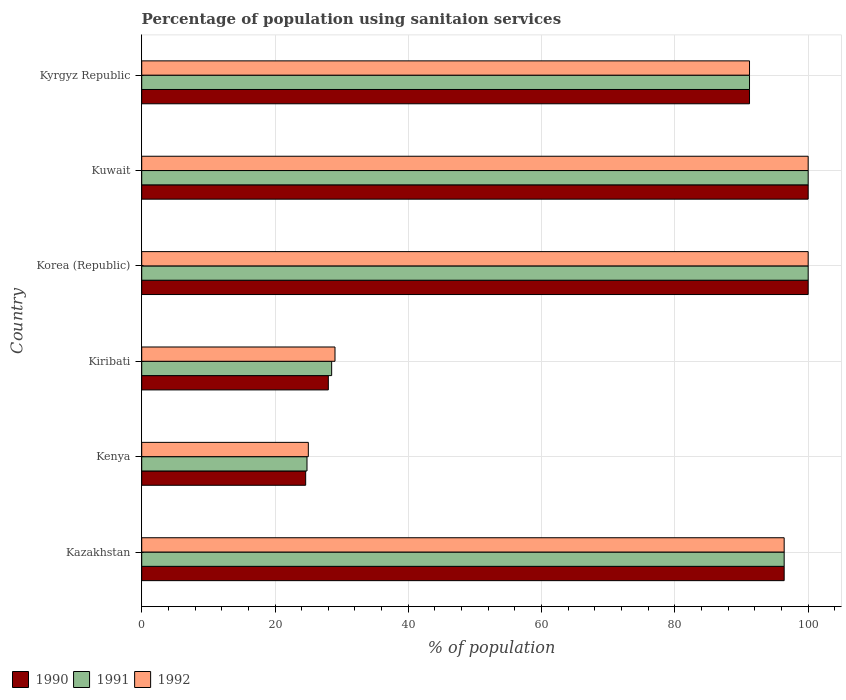
| Country | 1990 | 1991 | 1992 |
 | --- | --- | --- | --- |
 | Kazakhstan | 96.4 | 96.4 | 96.4 |
 | Kenya | 24.6 | 24.8 | 25 |
 | Kiribati | 28 | 28.5 | 29 |
 | Korea (Republic) | 100 | 100 | 100 |
 | Kuwait | 100 | 100 | 100 |
 | Kyrgyz Republic | 91.2 | 91.2 | 91.2 |